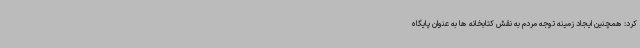
کرد: همچنین ایجاد زمینه توجه مردم به نقش کتابخانه ها به عنوان پایگاه